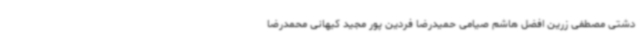
دشتی مصطفی زرین افضل هاشم صیامی حمیدرضا فردین پور مجید کیهانی محمدرضا